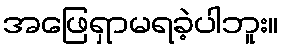
အဖြေရှာမရခဲ့ပါဘူး။